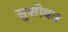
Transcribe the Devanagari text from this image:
सुशोबत